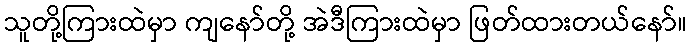
သူတို့ကြားထဲမှာ ကျနော်တို့ အဲဒီကြားထဲမှာ ဖြတ်ထားတယ်နော်။